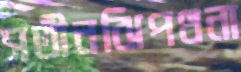
সতীনঝিপথনা